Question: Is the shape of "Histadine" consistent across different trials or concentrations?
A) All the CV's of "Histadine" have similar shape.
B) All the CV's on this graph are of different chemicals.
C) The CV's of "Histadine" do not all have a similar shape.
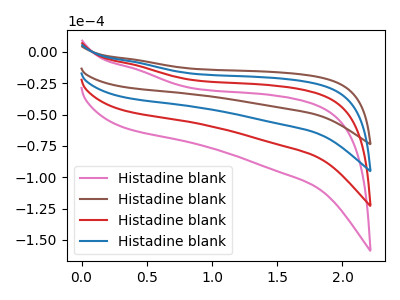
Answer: <think>The pink curve "Histadine blank1" has no peaks. The brown curve "Histadine blank2" has no peaks. The red curve "Histadine blank3" has no peaks. The blue curve "Histadine blank4" has no peaks.
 Neither "Histadine blank1" or "Histadine blank2" have any peaks. Neither "Histadine blank1" or "Histadine blank3" have any peaks. Neither "Histadine blank1" or "Histadine blank4" have any peaks. Neither "Histadine blank2" or "Histadine blank3" have any peaks. Neither "Histadine blank2" or "Histadine blank4" have any peaks. Neither "Histadine blank3" or "Histadine blank4" have any peaks.</think>
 <answer>A) All the CV's of "Histadine" have similar shape.</answer>
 <eval>A</eval>